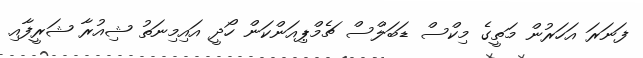
ފަނަރަ އަހަރުން މަތީގެ މިކްސް ޑަބަލްސް ޗެމްޕިއަންކަން ހޯދީ އައިމިނަތު ޝިއުރާ ޝަރީފާއި